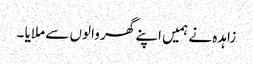
زاہدہ نے ہمیں اپنے گھر والوں سے ملایا ۔